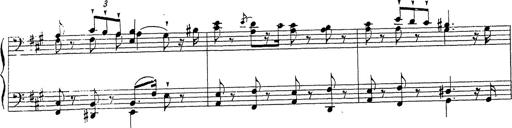
Title: Ballade No.1
Composer: Richard St. Clair